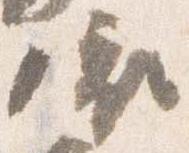
依